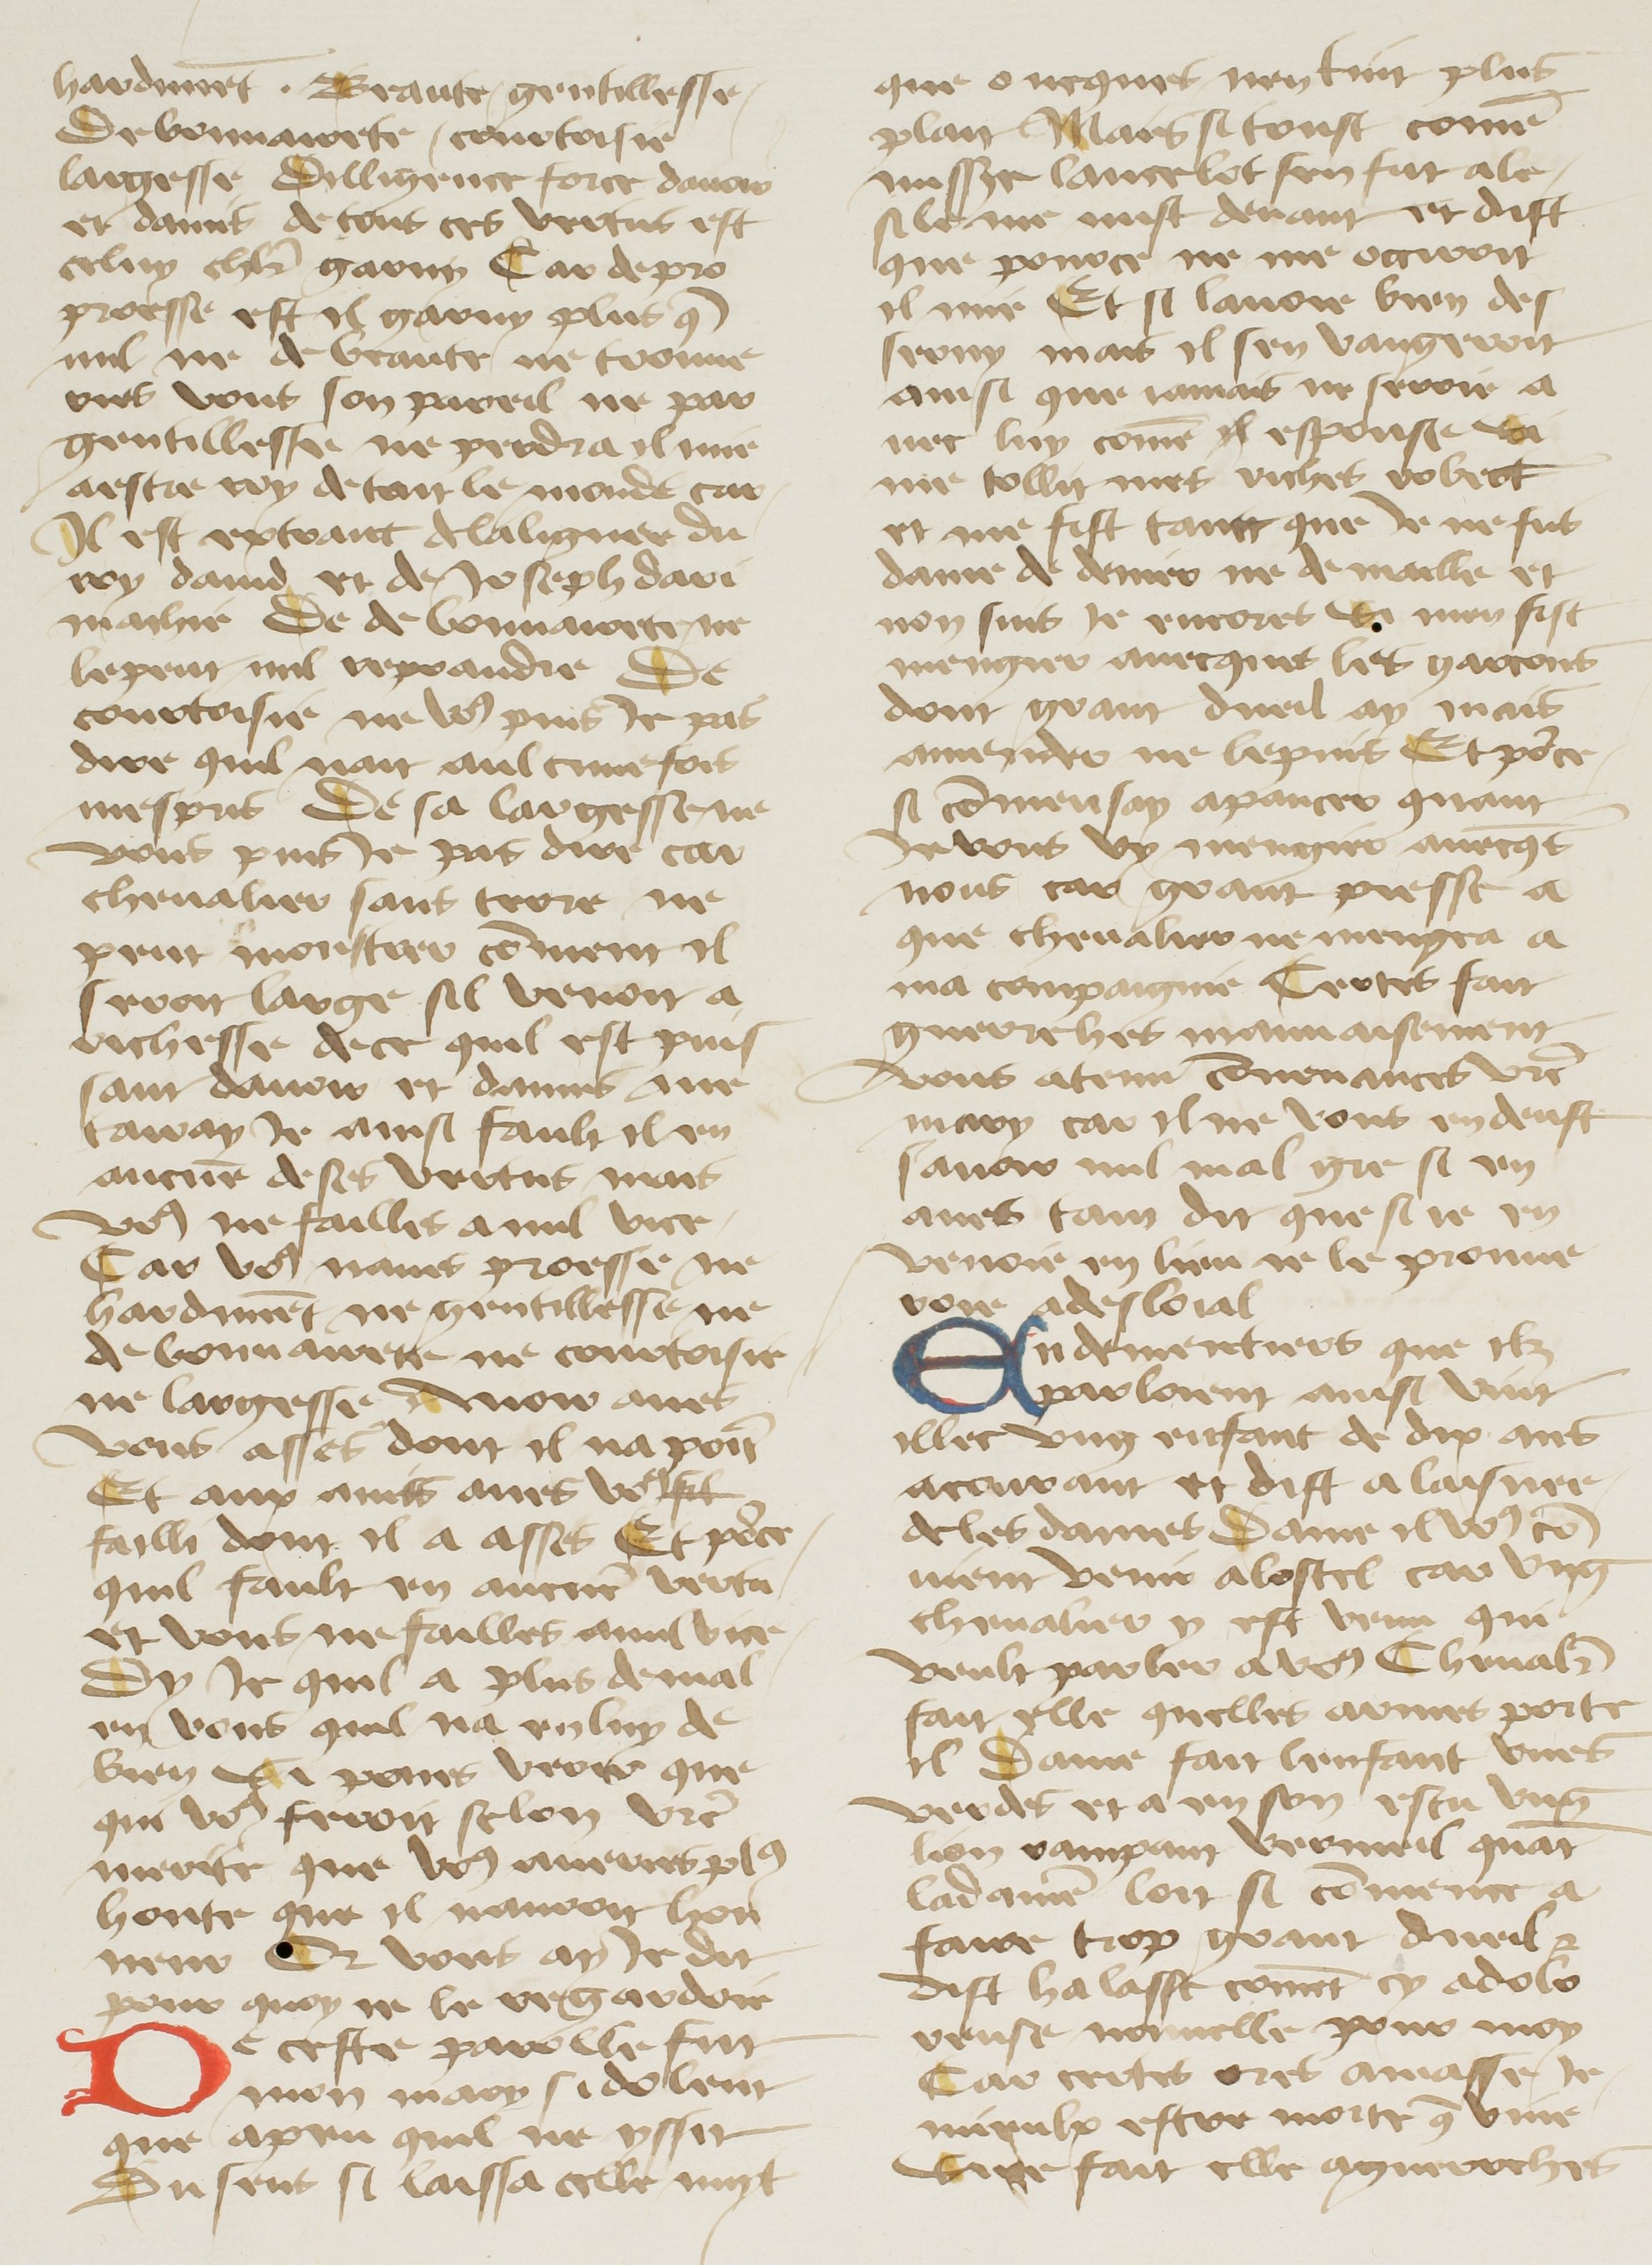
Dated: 1400–1499